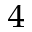
^ 4